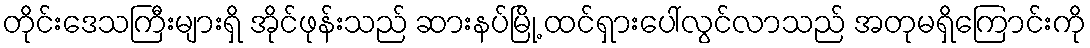
တိုင်းဒေသကြီးများရှိ အိုင်ဖုန်းသည် ဆားနပ်မြို့ ထင်ရှားပေါ်လွင်လာသည် အတုမရှိကြောင်းကို